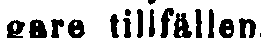
gare tillfällen.